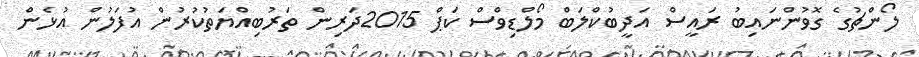
ލޯންޗުގެ ގޮވުންނައިބު ރައީސް އަދީބުކްލަބް މޯލްޑިވްސް ކަޕް 2015ދަރިން ތަރުބިއްޔަތުކުރުން އުފަލުން އުޅެން